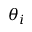
\theta _ { i }